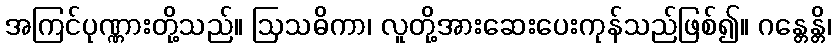
အကြင်ပုဏ္ဏားတို့သည်။ ဩသဓိကာ၊ လူတို့အားဆေးပေးကုန်သည်ဖြစ်၍။ ဂန္တေန္တိ၊